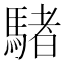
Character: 𩤜